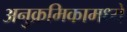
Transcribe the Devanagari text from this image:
अनुक्रमिकामध्ये